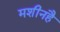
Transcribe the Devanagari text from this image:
मशीनहै